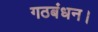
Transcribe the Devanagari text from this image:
गठबंधन।